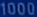
1000